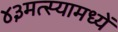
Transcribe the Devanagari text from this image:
४३मत्स्यामध्यें